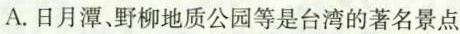
A.日月潭、野柳地质公园等是台湾的著名景点